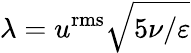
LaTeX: \lambda={{u}^{\mathrm{{rms}}}}\sqrt{5\nu/\varepsilon}